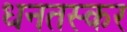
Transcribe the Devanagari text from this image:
धनतस्कर